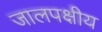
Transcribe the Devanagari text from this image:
जालपक्षीय